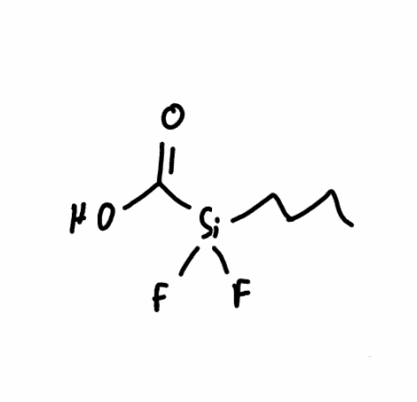
Simplified molecular-input line-entry system (SMILES) notation of the given molecule:
CCCC[Si](C(=O)O)(F)F